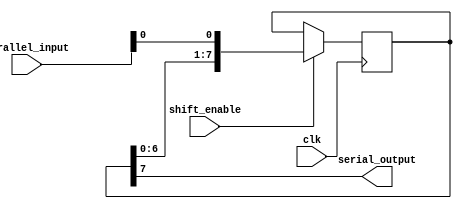
module parallel_in_serial_out_reg (
    input wire clk,
    input wire shift_enable,
    input wire [7:0] parallel_input,
    output reg serial_output
);

reg [7:0] register;

always @(posedge clk) begin
    if (shift_enable) begin
        register <= {register[6:0], parallel_input[0]};
    end
end

assign serial_output = register[7];

endmodule